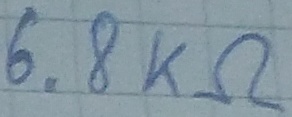
Text: 6.6KΩ